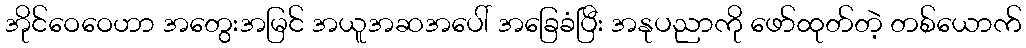
အိုင်ဝေဝေဟာ အတွေးအမြင် အယူအဆအပေါ် အခြေခံပြီး အနုပညာကို ဖော်ထုတ်တဲ့ တစ်ယောက်